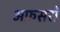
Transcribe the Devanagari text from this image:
अफ़सरो